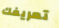
تعريفك